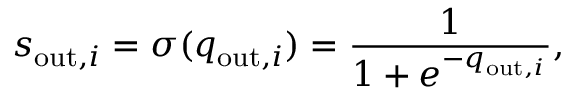
s _ { \mathrm { o u t } , i } = \sigma ( q _ { \mathrm { o u t } , i } ) = \frac { 1 } { 1 + e ^ { - q _ { \mathrm { o u t } , i } } } ,